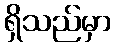
ရှိသည်မှာ